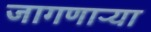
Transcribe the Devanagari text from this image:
जागणाऱ्या